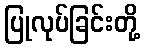
ပြုလုပ်ခြင်းတို့